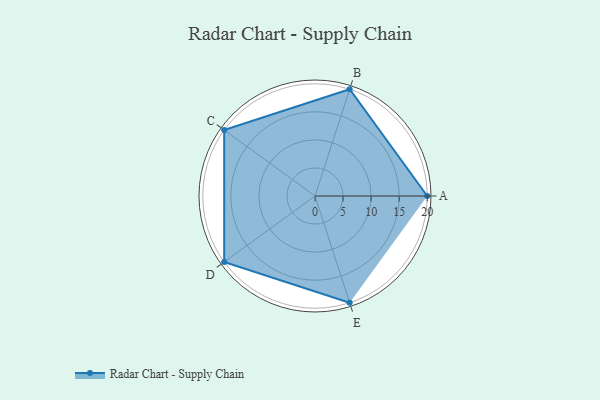
{"axis": {"x": "Skill", "y": "Score"}, "legend": ["Profile"], "data": [{"x": "A", "y": 20, "type": "Profile"}, {"x": "B", "y": 20, "type": "Profile"}, {"x": "C", "y": 20, "type": "Profile"}, {"x": "D", "y": 20, "type": "Profile"}, {"x": "E", "y": 20, "type": "Profile"}]}